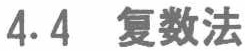
4.4 复数法